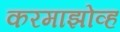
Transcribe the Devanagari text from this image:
करमाझोव्ह